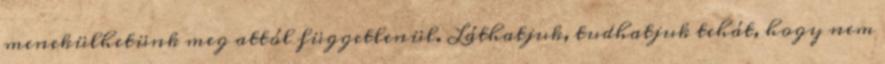
menekülhetünk meg attól függetlenül. Láthatjuk, tudhatjuk tehát, hogy nem